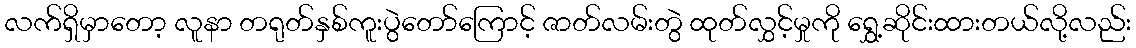
လက်ရှိမှာတော့ လူနာ တရုတ်နှစ်ကူးပွဲတော်ကြောင့် ဇာတ်လမ်းတွဲ ထုတ်လွှင့်မှုကို ရွှေ့ဆိုင်းထားတယ်လို့လည်း